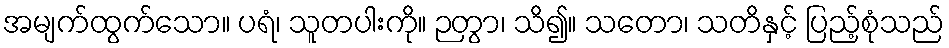
အမျက်ထွက်သော။ ပရံ၊ သူတပါးကို။ ဉတွာ၊ သိ၍။ သတော၊ သတိနှင့် ပြည့်စုံသည်